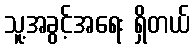
သူ့အခွင့်အရေး ရှိတယ်